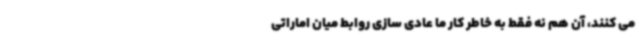
می کنند، آن هم نه فقط به خاطر کار ما عادی سازی روابط میان اماراتی